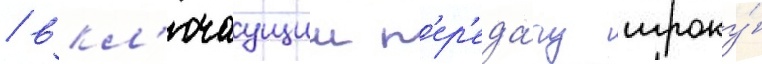
/ вкл'ючаущии п'ер'еда́чу игроку́